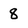
Character: 8